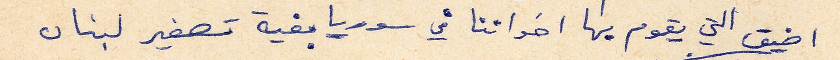
التي يقوم بها اخواننا في سوريا بغية تصغير لبنان